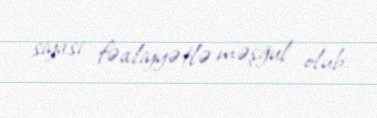
siyasi fəaliyyətlə məşğul olub.